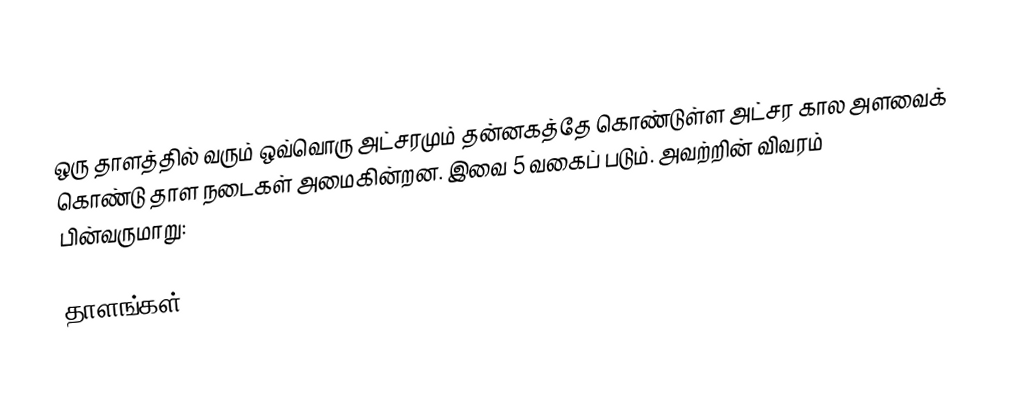
ஒரு தாளத்தில் வரும் ஒவ்வொரு அட்சரமும் தன்னகத்தே கொண்டுள்ள அட்சர கால அளவைக் கொண்டு தாள நடைகள் அமைகின்றன. இவை 5 வகைப் படும். அவற்றின் விவரம் பின்வருமாறு:

தாளங்கள்